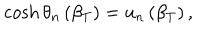
\cosh \theta _ { n } \left( \beta _ { T } \right) = u _ { n } \left( \beta _ { T } \right) ,